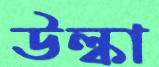
উল্কা